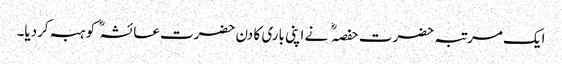
ایک مرتبہ حضرت حفصہ نے اپنی باری کا دن حضرت عائشہ کو ہبہ کردیا۔